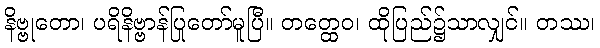
နိဗ္ဗုတော၊ ပရိနိဗ္ဗာန်ပြုတော်မူပြီ။ တတ္ထေဝ၊ ထိုပြည်၌သာလျှင်။ တဿ၊